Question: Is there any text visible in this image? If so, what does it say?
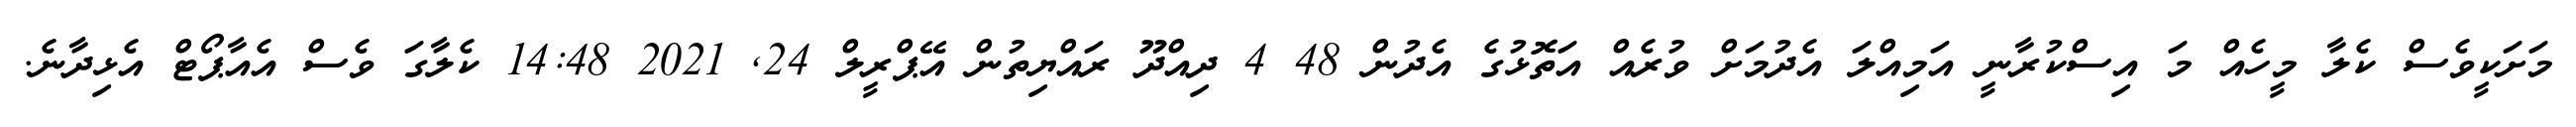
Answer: މަށަކީވެސް ކެލާ މީހެއް މަ އިސްކުރާނީ އަމިއްލަ އެދުމަށް ވުރެއް އަތޮޅުގެ އެދުން 48 4 ދިއްދޫ ރައްޔިތުން އޭޕްރީލް 24, 2021 14:48 ކެލާގަ ވެސް އެއާޕޯޓް އެޅިދާނެ.